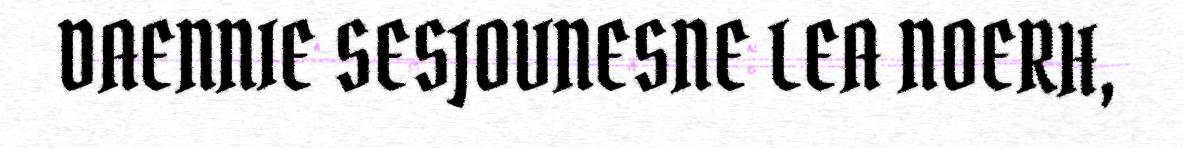
DAENNIE SESJOVNESNE LEA NOERH,